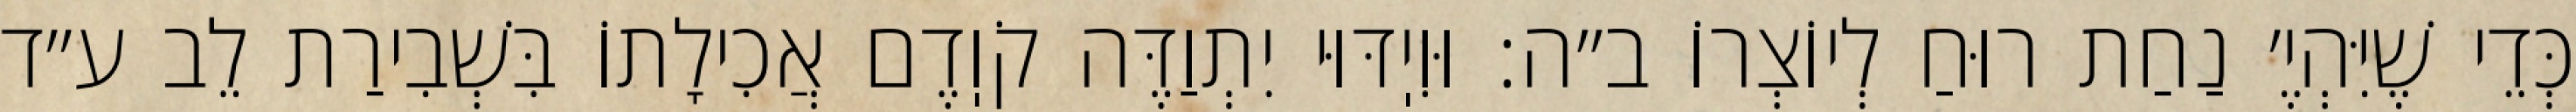
כְּדֵי שֶׁיִּהְיֶ׳ נַחַת רוּחַ לְיוֹצְרוֹ ב״ה: וּוִיֽדּוּי יִתְוַדֶּה קֹוֽדֶם אֲכִילָתוֹ בִּשְׁבִירַת לֵב ע״ד